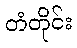
တံတိုင်း